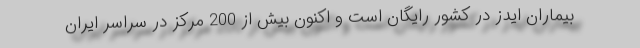
بیماران ایدز در کشور رایگان است و اکنون بیش از 200 مرکز در سراسر ایران